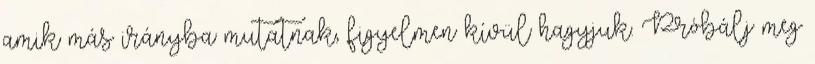
amik más irányba mutatnak, figyelmen kívül hagyjuk. Próbálj meg